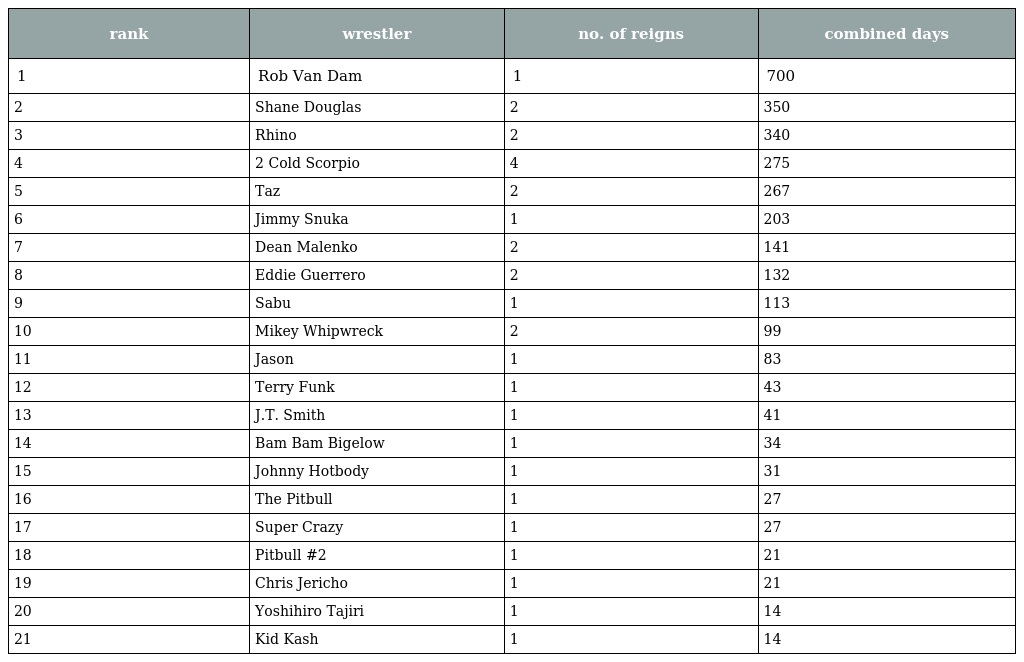
| rank | wrestler | no. of reigns | combined days |
 | --- | --- | --- | --- |
 | 1 | Rob Van Dam | 1 | 700 |
 | 2 | Shane Douglas | 2 | 350 |
 | 3 | Rhino | 2 | 340 |
 | 4 | 2 Cold Scorpio | 4 | 275 |
 | 5 | Taz | 2 | 267 |
 | 6 | Jimmy Snuka | 1 | 203 |
 | 7 | Dean Malenko | 2 | 141 |
 | 8 | Eddie Guerrero | 2 | 132 |
 | 9 | Sabu | 1 | 113 |
 | 10 | Mikey Whipwreck | 2 | 99 |
 | 11 | Jason | 1 | 83 |
 | 12 | Terry Funk | 1 | 43 |
 | 13 | J.T. Smith | 1 | 41 |
 | 14 | Bam Bam Bigelow | 1 | 34 |
 | 15 | Johnny Hotbody | 1 | 31 |
 | 16 | The Pitbull | 1 | 27 |
 | 17 | Super Crazy | 1 | 27 |
 | 18 | Pitbull #2 | 1 | 21 |
 | 19 | Chris Jericho | 1 | 21 |
 | 20 | Yoshihiro Tajiri | 1 | 14 |
 | 21 | Kid Kash | 1 | 14 |